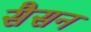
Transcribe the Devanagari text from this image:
सैसन